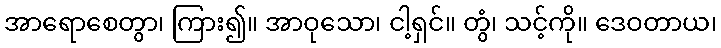
အာရောစေတွာ၊ ကြား၍။ အာဝုသော၊ ငါ့ရှင်။ တွံ၊ သင့်ကို။ ဒေဝတာယ၊